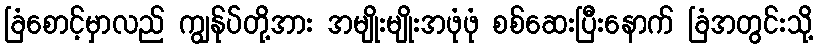
ခြံစောင့်မှာလည် ကျွန်ုပ်တို့အား အမျိုးမျိုးအဖုံဖုံ စစ်ဆေးပြီးနောက် ခြံအတွင်းသို့